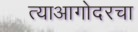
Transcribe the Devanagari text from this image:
त्याआगोदरचा